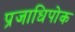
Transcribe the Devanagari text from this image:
प्रजाधिपोक